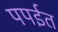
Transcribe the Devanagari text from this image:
पपईत